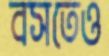
বসতেও